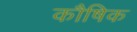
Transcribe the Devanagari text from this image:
कौषिक